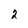
Character: 2